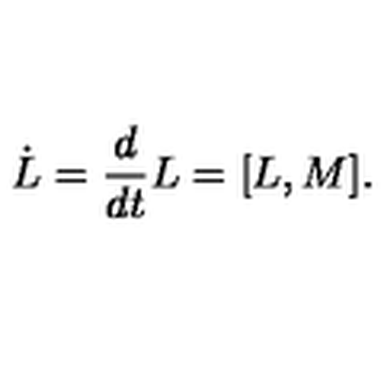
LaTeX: \dot { L } = { \frac { d } { d t } } L = [ L , M ] .